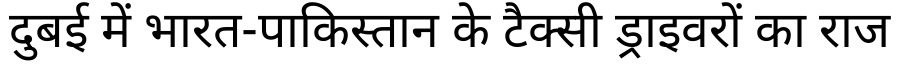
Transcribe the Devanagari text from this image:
दुबई में भारत-पाकिस्तान के टैक्सी ड्राइवरों का राज